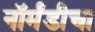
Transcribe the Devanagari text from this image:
नॉर्मंडीचा